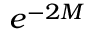
e ^ { - 2 M }